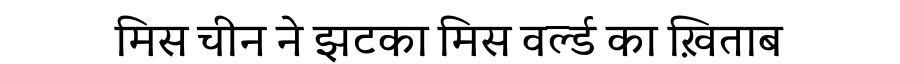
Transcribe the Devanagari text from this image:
मिस चीन ने झटका मिस वर्ल्ड का ख़िताब